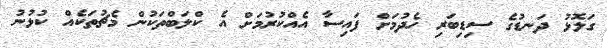
ގަލޮޅު ދަނޑުގެ ސިޑިބަރި ހެދުމަށް ފައިސާ އެއްކުރުމަށް އެ ކްލަބްތަކުން މެޗުތަކެއް ކުޅުނު